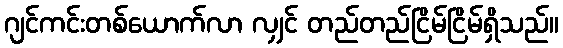
ဂျင်ကင်းတစ်ယောက်လာ လျှင် တည်တည်ငြိမ်ငြိမ်ရှိသည်။